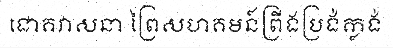
ជោគវាសនា ព្រៃសហគមន៍ព្រីងប្រង់ក្លង់